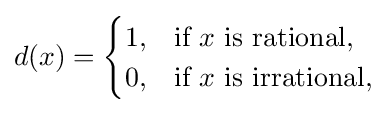
d(x)={\begin{cases}1,&{\text{if }}x{\text{ is rational,}}\\0,&{\text{if }}x{\text{ is irrational,}}\end{cases}}